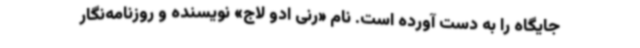
جایگاه را به دست آورده است. نام «رنی ادو لاج» نویسنده و روزنامه‌نگار